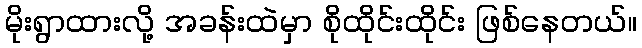
မိုးရွာထားလို့ အခန်းထဲမှာ စိုထိုင်းထိုင်း ဖြစ်နေတယ်။